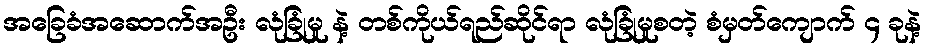
အခြေခံအဆောက်အဦး လုံခြုံမှု နဲ့ တစ်ကိုယ်ရည်ဆိုင်ရာ လုံခြုံမှုစတဲ့ စံမှတ်ကျောက် ၄ ခုနဲ့